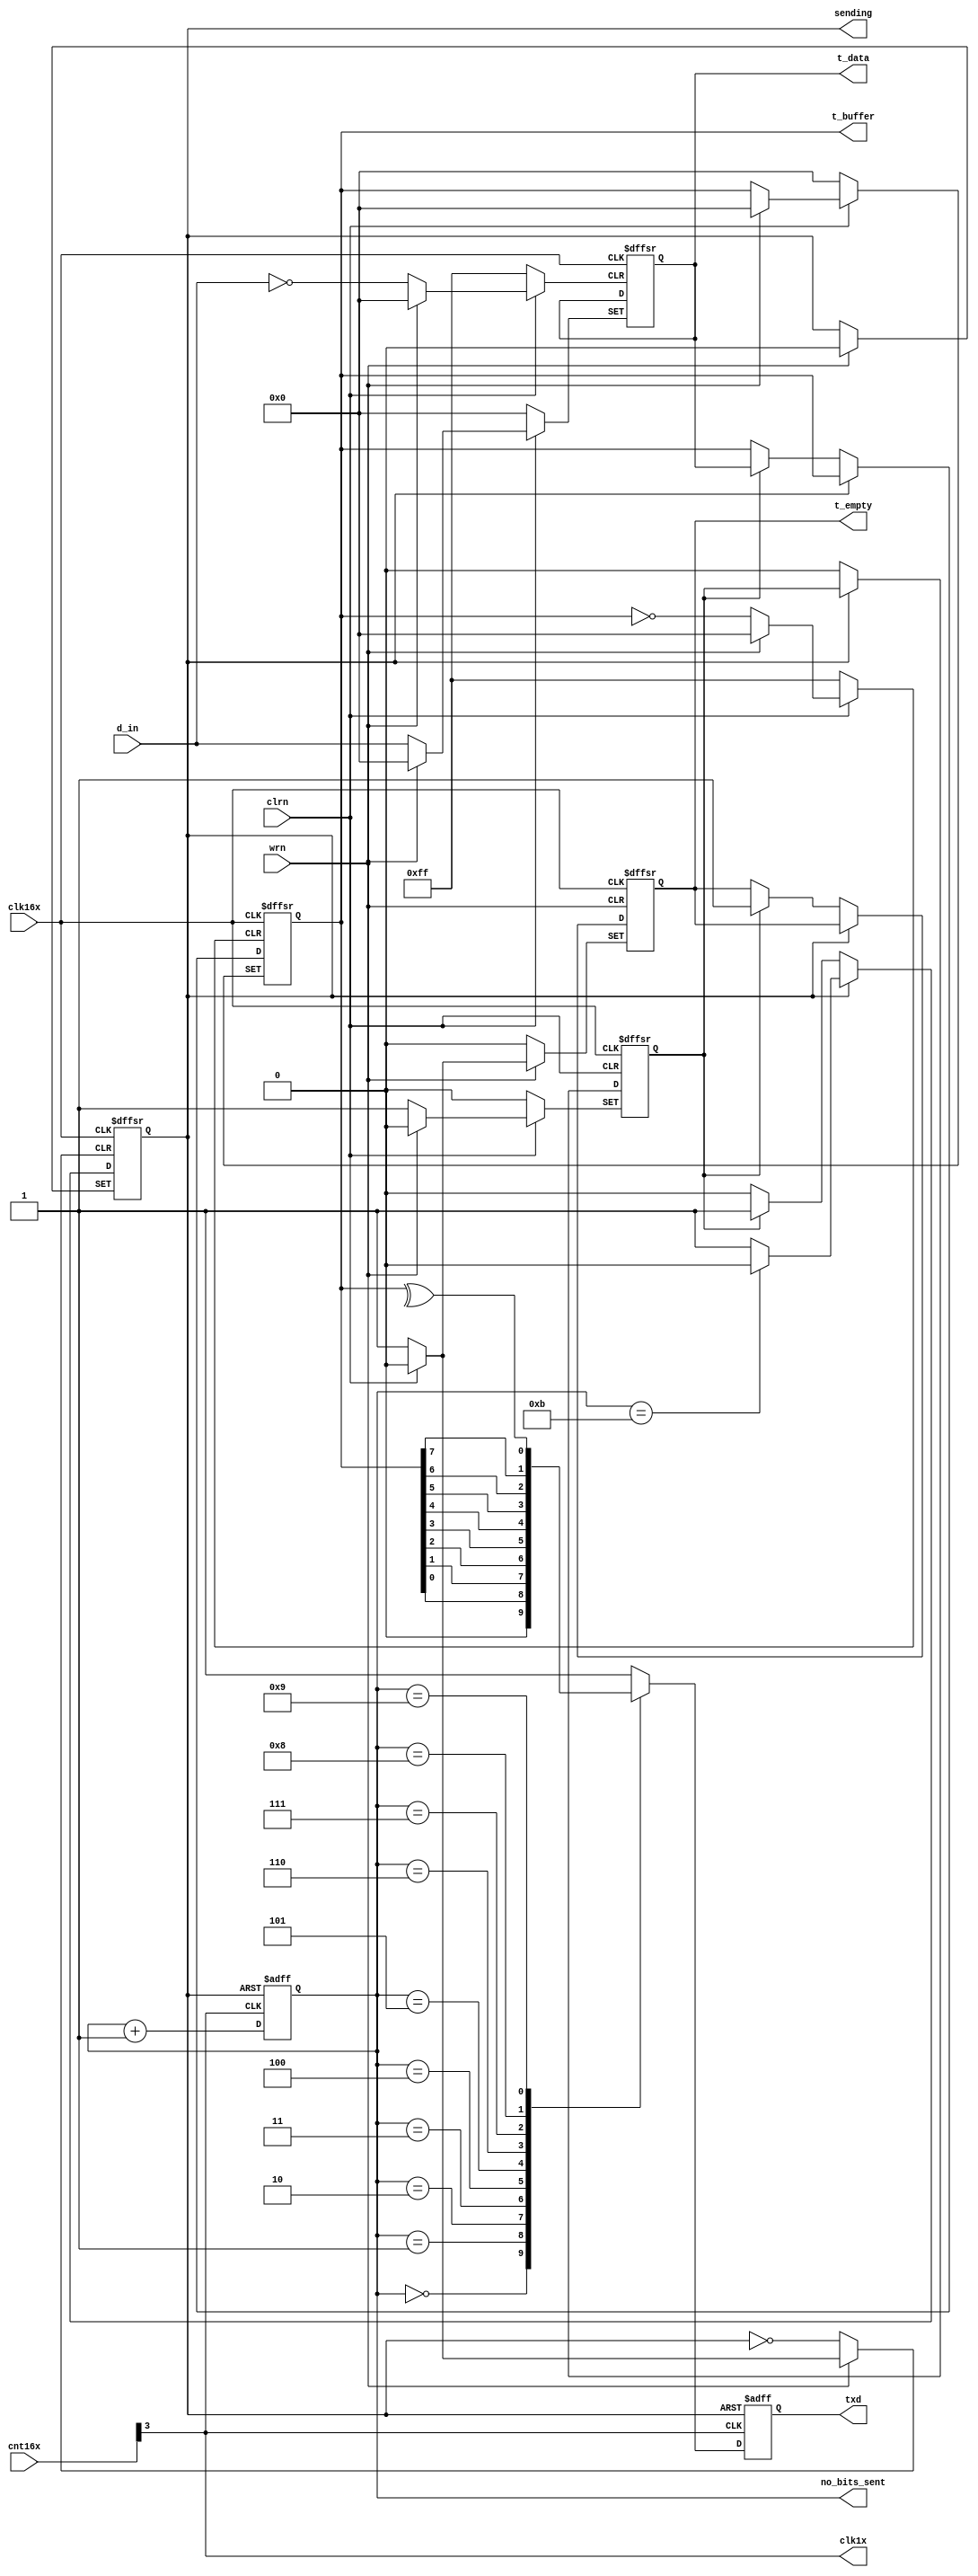
/************************************************
  The Verilog HDL code example is from the book
  Computer Principles and Design in Verilog HDL
  by Yamin Li, published by A JOHN WILEY & SONS
************************************************/
module uart_tx (clk16x,clrn,wrn,d_in,t_empty,txd,cnt16x,no_bits_sent,
                t_buffer,clk1x,sending,t_data);    // uart transmitter
    input      [7:0] d_in;                         // data byte from cpu
    input      [3:0] cnt16x;                       // x16 clock counter
    input            clk16x,clrn;                  // baud rate * 16 clock
    input            wrn;                          // cpu write, active low
    output reg       txd;                          // uart txd
    output reg       t_empty;                      // transmitter empty
    output reg [3:0] no_bits_sent;                 // number of bits sent
    output reg [7:0] t_data;                       // reg d_in
    output reg [7:0] t_buffer;                     // reg for sending
    output           clk1x;                        // clock for sending txd
    output reg       sending;                      // sending a txd bit
    reg              load_t_buffer;                // load t_buffer
    // load data to t_data, then to t_buffer, and generate sending signal
    always @ (posedge clk16x or negedge clrn or negedge wrn) begin
        if (!clrn) begin                           // on a reset
            sending       <= 0;                    // clear sending
            t_empty       <= 1;                    // transmitter is ready
            load_t_buffer <= 0;                    // clear load_t_buffer
            t_data        <= 0;                    // clear t_data
            t_buffer      <= 0;                    // clear t_buffer
        end else begin
            if (!wrn) begin                        // cpu write
                t_data  <= d_in;                   // load t_data
                t_empty <= 0;                      // transmitter is busy
                load_t_buffer <= 1;                // ready to load t_buffer
            end else begin
                if (!sending) begin                // not sending
                    if (load_t_buffer) begin       // d2t ready
                        sending <= 1;              // sending please
                        t_buffer <= t_data;        // load t_buffer
                        t_empty <= 1;              // transmitter is ready
                        load_t_buffer <= 0;        // clear load_t_buffer
                    end
                end else begin                     // sending
                    if (no_bits_sent == 4'd11)     // sent a frame
                        sending <= 0;              // clear sending
                end
            end
        end
    end
    // send a frame: [start, d0, d1, ..., d7, parity, stop]
    assign clk1x = cnt16x[3];                      // clock for sending txd
    always @ (posedge clk1x or negedge sending) begin
        if (!sending) begin                        // if not sending
            no_bits_sent <= 4'd0;                  // clear counter
            txd <= 1;                              // stop bits
        end else begin                             // sending
            case (no_bits_sent)                    // sending serially
                0: txd <= 0;                       // sending start bit
                1: txd <= t_buffer[0];             // sending data bit 0
                2: txd <= t_buffer[1];             // sending data bit 1
                3: txd <= t_buffer[2];             // sending data bit 2
                4: txd <= t_buffer[3];             // sending data bit 3
                5: txd <= t_buffer[4];             // sending data bit 4
                6: txd <= t_buffer[5];             // sending data bit 5
                7: txd <= t_buffer[6];             // sending data bit 6
                8: txd <= t_buffer[7];             // sending data bit 7
                9: txd <= ^t_buffer;               // sending parity (even)
                default: txd <= 1;                 // sending stop bit(s)
            endcase
            no_bits_sent <= no_bits_sent + 4'd1;   // counter++
        end
    end
endmodule